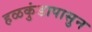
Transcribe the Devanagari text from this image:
हळकुंडापासुन